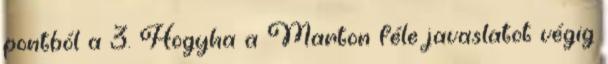
pontból a 3. Hogyha a Marton féle javaslatot végig